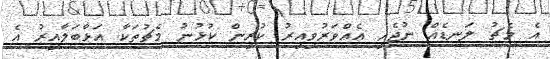
އެ މެޗު ލަނޑެއް ނުޖެހި އެއްވަރުވިއިރު ކުރިން ކުޅުނު މެޗުތަކާ އަޅާބަލާއިރު އެ